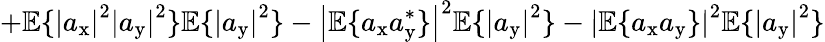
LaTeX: +\mathbb{E}\{ \left|a_{\mathrm{x}}\right|^{2}\left|a_{\mathrm{y}}\right|^{2}\} \mathbb{E}\{ \left|a_{\mathrm{y}}\right|^{2}\} -\left|\mathbb{E}\{ a_{\mathrm{x}}a_{\mathrm{y}}^{*}\} \right|^{2}\mathbb{E}\{ \left|a_{\mathrm{y}}\right|^{2}\} -\left|\mathbb{E}\{ a_{\mathrm{x}}a_{\mathrm{y}}\} \right|^{2}\mathbb{E}\{ \left|a_{\mathrm{y}}\right|^{2}\}